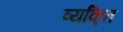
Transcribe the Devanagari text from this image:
व्यकि्‌त